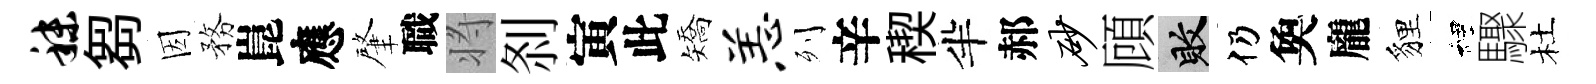
秣芻因務崑應肇職将𠛴寅此矯恙列辛稧半郝砂頋敗仍奐龐貍裡驟杜